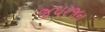
જયરજન